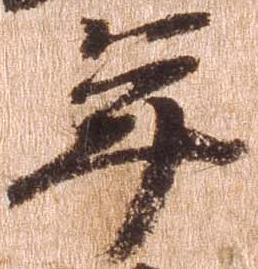
年